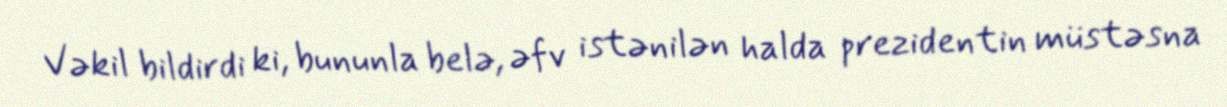
Vəkil bildirdi ki, bununla belə, əfv istənilən halda prezidentin müstəsna